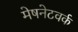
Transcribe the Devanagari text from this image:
मेषनेटवर्क